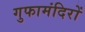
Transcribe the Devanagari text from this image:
गुफामंदिरों